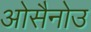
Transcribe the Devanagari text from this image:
ओसैनोउ